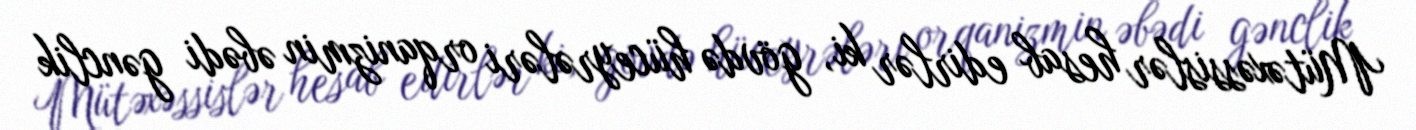
Mütəxəssislər hesab edirlər ki, gövdə hüceyrələri orqanizmin əbədi gənclik